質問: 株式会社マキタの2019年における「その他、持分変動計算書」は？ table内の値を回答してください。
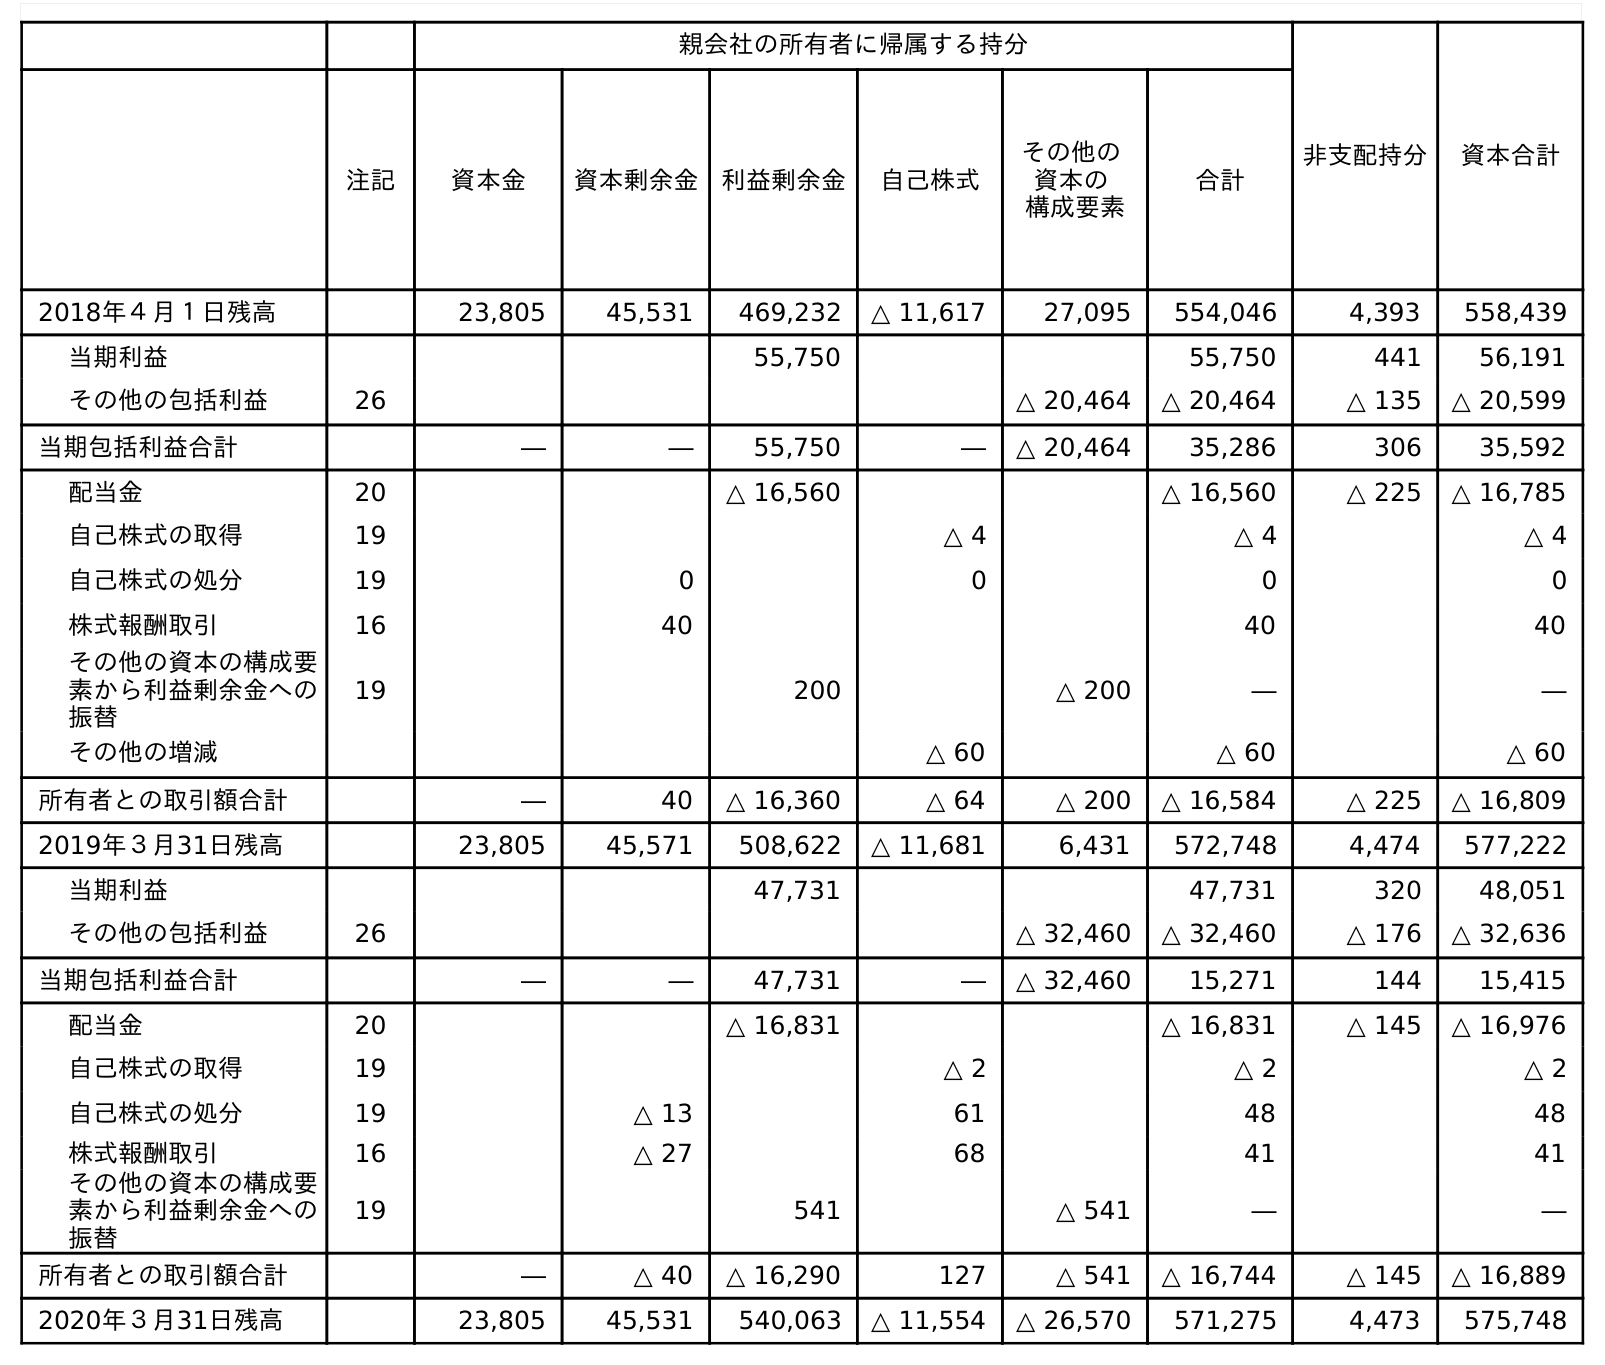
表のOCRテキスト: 親会社の所有者に帰属する持分 非支配持分 資本合計 注記 資本金 資本剰余金 利益剰余金 自己株式 その他の 資本の 構成要素 合計 2018年４月１日残高 23,805 45,531 469,232 △ 11,617 27,095 554,046 4,393 558,439 当期利益 55,750 55,750 441 56,191 その他の包括利益 26 △ 20,464 △ 20,464 △ 135 △ 20,599 当期包括利益合計 ― ― 55,750 ― △ 20,464 35,286 306 35,592 配当金 20 △ 16,560 △ 16,560 △ 225 △ 16,785 自己株式の取得 19 △ 4 △ 4 △ 4 自己株式の処分 19 0 0 0 0 株式報酬取引 16 40 40 40 その他の資本の構成要 素から利益剰余金への 振替 19 200 △ 200 ― ― その他の増減 △ 60 △ 60 △ 60 所有者との取引額合計 ― 40 △ 16,360 △ 64 △ 200 △ 16,584 △ 225 △ 16,809 2019年３月31日残高 23,805 45,571 508,622 △ 11,681 6,431 572,748 4,474 577,222 当期利益 47,731 47,731 320 48,051 その他の包括利益 26 △ 32,460 △ 32,460 △ 176 △ 32,636 当期包括利益合計 ― ― 47,731 ― △ 32,460 15,271 144 15,415 配当金 20 △ 16,831 △ 16,831 △ 145 △ 16,976 自己株式の取得 19 △ 2 △ 2 △ 2 自己株式の処分 19 △ 13 61 48 48 株式報酬取引 16 △ 27 68 41 41 その他の資本の構成要 素から利益剰余金への 振替 19 541 △ 541 ― ― 所有者との取引額合計 ― △ 40 △ 16,290 127 △ 541 △ 16,744 △ 145 △ 16,889 2020年３月31日残高 23,805 45,531 540,063 △ 11,554 △ 26,570 571,275 4,473 575,748
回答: △60